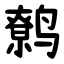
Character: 鹩